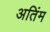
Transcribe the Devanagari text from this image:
अतिंम